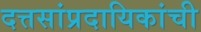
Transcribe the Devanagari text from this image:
दत्तसांप्रदायिकांची